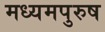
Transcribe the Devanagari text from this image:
मध्‍यमपुरुष